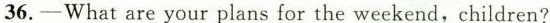
36.- What are your plans for the weekend,children?